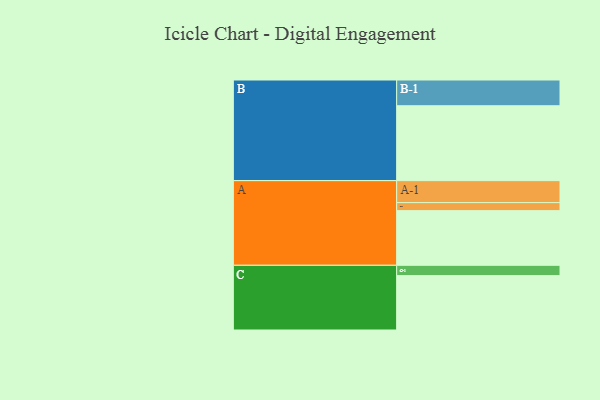
{"axis": {"x": "Segment", "y": "Value"}, "legend": ["", "A", "B", "C"], "data": [{"x": "A", "y": 435, "type": ""}, {"x": "B", "y": 596, "type": ""}, {"x": "C", "y": 433, "type": ""}, {"x": "A-1", "y": 175, "type": "A"}, {"x": "A-2", "y": 64, "type": "A"}, {"x": "B-1", "y": 205, "type": "B"}, {"x": "C-1", "y": 82, "type": "C"}]}